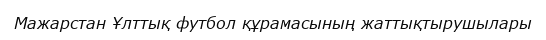
Мажарстан Ұлттық футбол құрамасының жаттықтырушылары